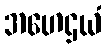
အဟေဌယံ